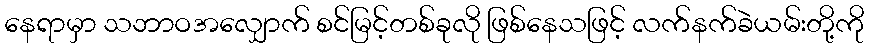
နေရာမှာ သဘာဝအလျှောက် စင်မြင့်တစ်ခုလို ဖြစ်နေသဖြင့် လက်နက်ခဲယမ်းတို့ကို